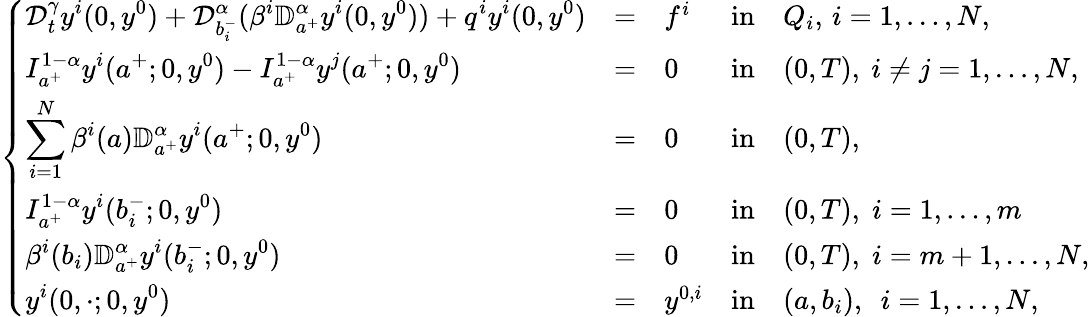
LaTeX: \left\{ \begin{array}{lllllllllllllllll}{\displaystyle{\mathcal D}_{t}^{\gamma}y^{i}(0,y^{0})+\mathcal{D}_{b_{i}^{-}}^{\alpha}(\beta^{i}\mathbb{D}_{a^{+}}^{\alpha}y^{i}(0,y^{0}))+q^{i}y^{i}(0,y^{0})}&{=}&{f^{i}}&{\mathrm{in}}&{Q_{i},\, i=1,\dots,N,}\\ {\displaystyle I_{a^{+}}^{1-\alpha}y^{i}(a^{+};0,y^{0})-I_{a^{+}}^{1-\alpha}y^{j}(a^{+};0,y^{0})}&{=}&{0}&{\mathrm{in}}&{(0,T),~i\neq j=1,\dots,N,}\\ {\displaystyle\sum_{i=1}^{N}\beta^{i}(a)\mathbb{D}_{a^{+}}^{\alpha}y^{i}(a^{+};0,y^{0})}&{=}&{0}&{\mathrm{in}}&{(0,T),}\\ {\displaystyle I_{a^{+}}^{1-\alpha}y^{i}(b_{i}^{-};0,y^{0})}&{=}&{0}&{\mathrm{in}}&{(0,T),\; i=1,\dots,m}\\ {\displaystyle\beta^{i}(b_{i})\mathbb{D}_{a^{+}}^{\alpha}y^{i}(b_{i}^{-};0,y^{0})}&{=}&{0}&{\mathrm{in}}&{(0,T),\; i=m+1,\dots,N,}\\ {\displaystyle y^{i}(0,\cdot;0,y^{0})}&{=}&{y^{0,i}}&{\mathrm{in}}&{(a,b_{i}),~~i=1,\dots,N,}\end{array}\right.